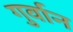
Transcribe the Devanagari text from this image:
गुर्वान